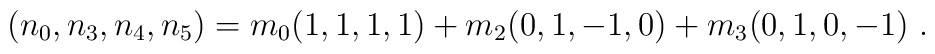
(n_0,n_3,n_4,n_5)=m_0 (1,1,1,1) +m_2(0,1,-1,0) +m_3(0,1,0,-1 )\ .